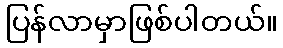
ပြန်လာမှာဖြစ်ပါတယ်။